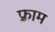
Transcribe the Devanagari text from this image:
फ़्राम